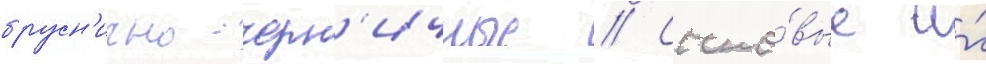
брусн'ично-черн'ичные // Сосно́вые и́